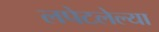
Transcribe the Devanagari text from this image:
लपेटलेल्या